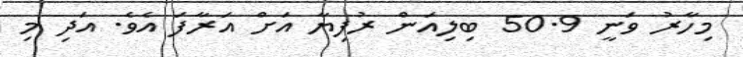
މިހާރު ވަނީ 50.9 ބިލިއަން ރުފިޔާ އަށް އަރާފަ އެވެ. އަދި މި